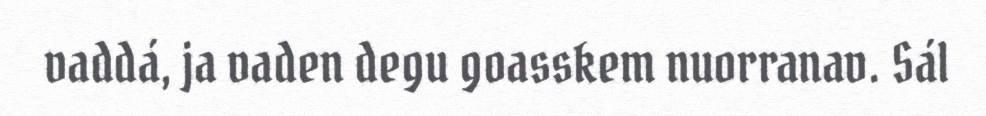
vaddá, ja vaden degu goasskem nuorranav. Sál